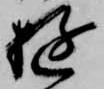
遊